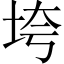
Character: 垮